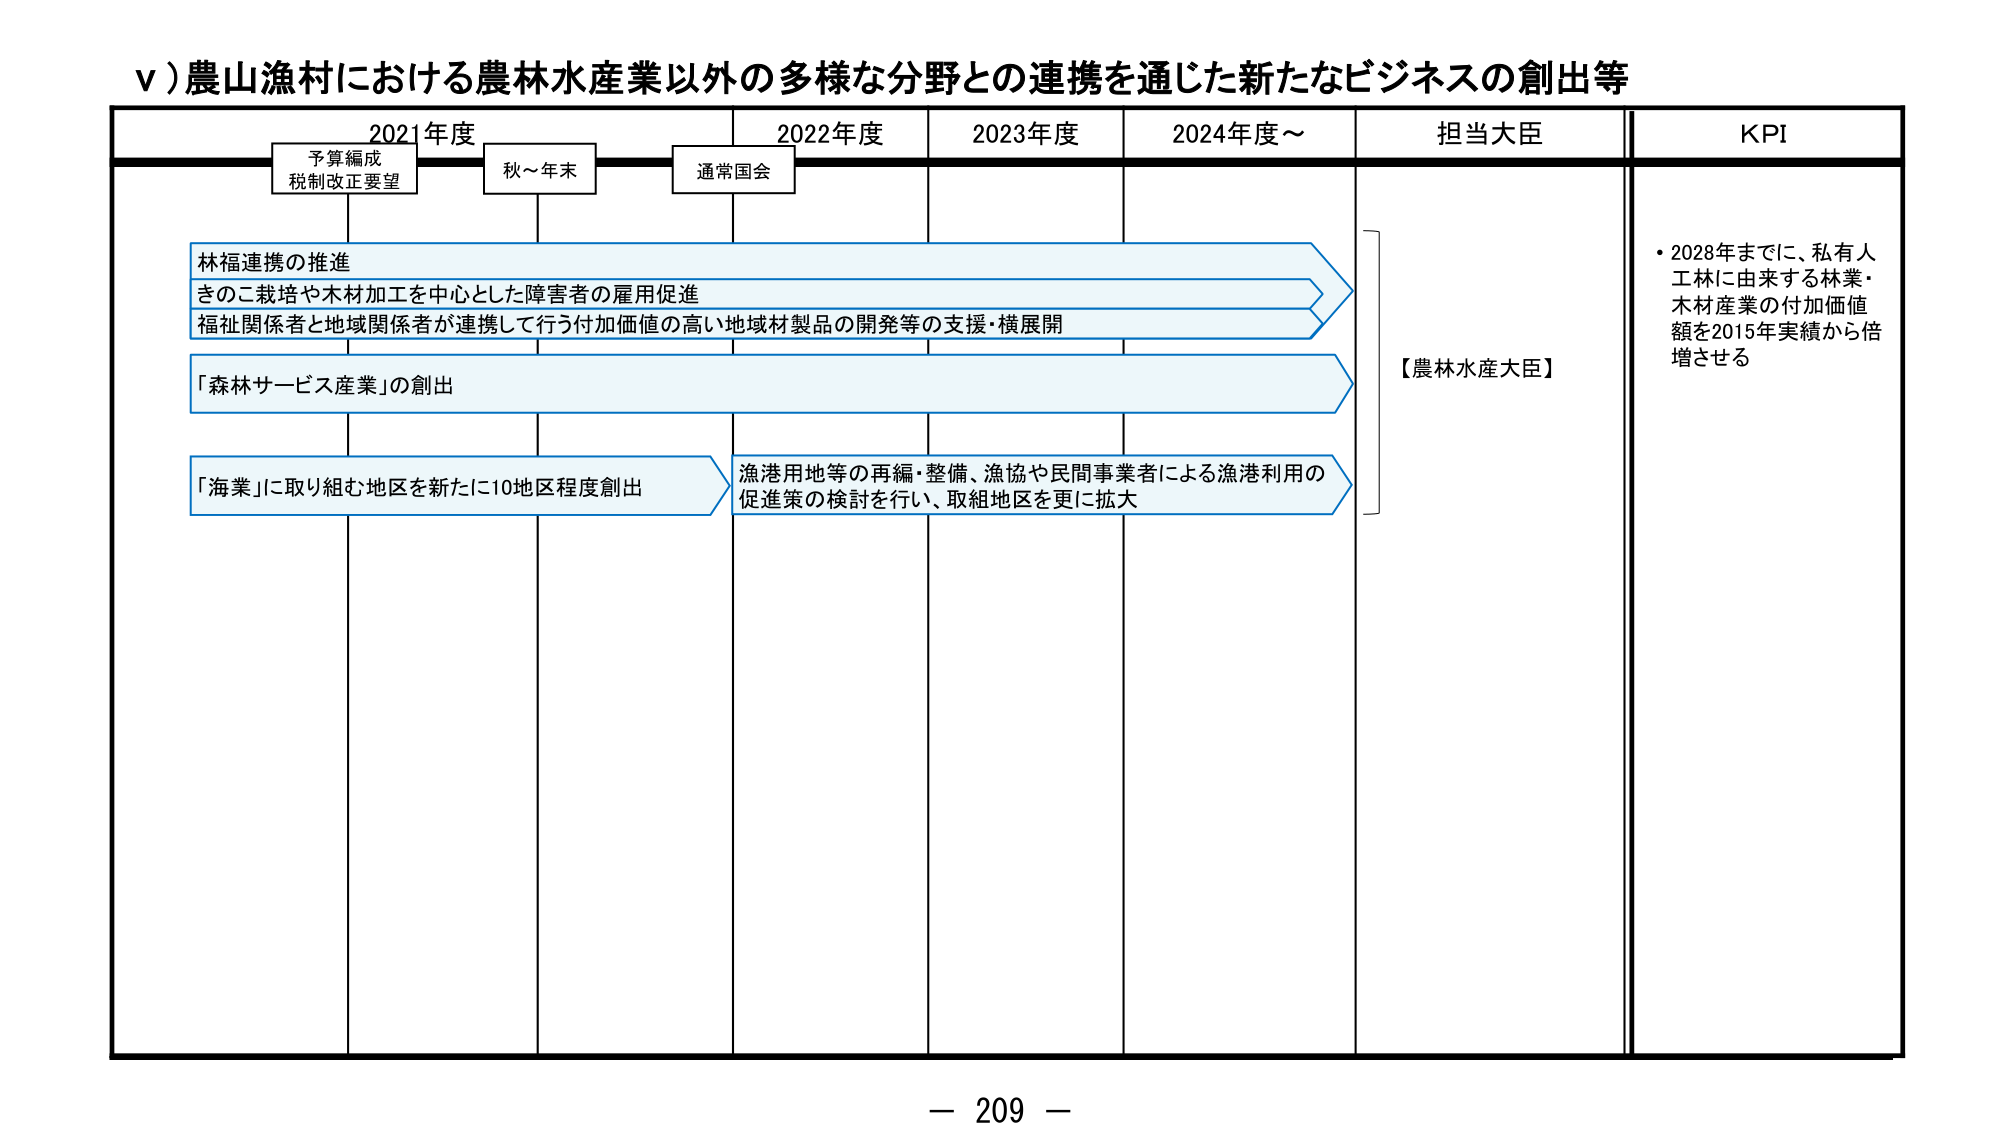
ⅴ）農山漁村における農林水産業以外の多様な分野との連携を通じた新たなビジネスの創出等

2021年度　　　　　2022年度　　　　　2023年度　　　　　2024年度～　　　　担当大臣　　　　　KPI

予算編成
税制改正要望　　　秋～年末　　　　通常国会

林福連携の推進
きのこ栽培や木材加工を中心とした障害者の雇用促進
福祉関係者と地域関係者が連携して行う付加価値の高い地域材製品の開発等の支援・横展開

「森林サービス産業」の創出

「海業」に取り組む地区を新たに10地区程度創出
漁港用地等の再編・整備、漁協や民間事業者による漁港利用の
促進策の検討を行い、取組地区を更に拡大

【農林水産大臣】

・2028年までに、私有人工林に由来する林業・
木材産業の付加価値額を2015年実績から倍
増させる

－ 209 －